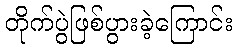
တိုက်ပွဲဖြစ်ပွားခဲ့ကြောင်း